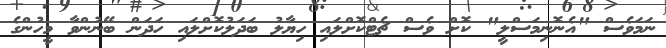
ނަމަވެސް "އެނޮނިމަސްލީ" ކޮށް ވެސް ޗެޓްކޮށްލައި ހިޔާލު ބަދަލުކޮށްލައި ހަދަން ބޭނުންވާ މީހުންގެ